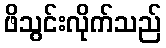
ဖိသွင်းလိုက်သည်